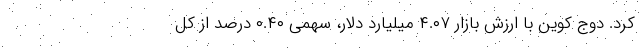
کرد. دوج کوین با ارزش بازار ۴.۰۷ میلیارد دلار، سهمی ۰.۴۰ درصد از کل